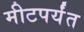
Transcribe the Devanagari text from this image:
मीटपर्यंत